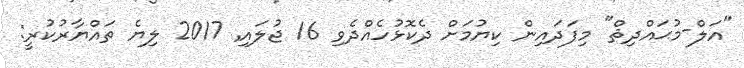
"އަލް-މުޙައްދިޘް" މިފަދައިން ކިޔުމަށް ދެކޮޅުހެއްދެވި 16 ޖުލައި